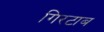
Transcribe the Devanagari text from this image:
गिरटाब